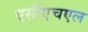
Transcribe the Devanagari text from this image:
एसीएचएल